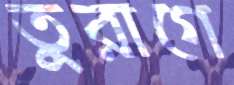
তুরাগে